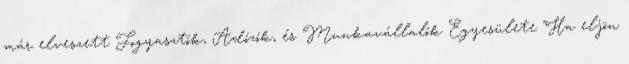
már elveszett Fogyasztók, Adózók, és Munkavállalók Egyesülete "Ha eljön